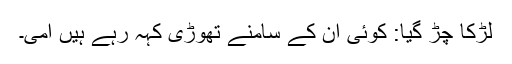
لڑکا چڑ گیا: کوئی ان کے سامنے تھوڑی کہہ رہے ہیں امی۔